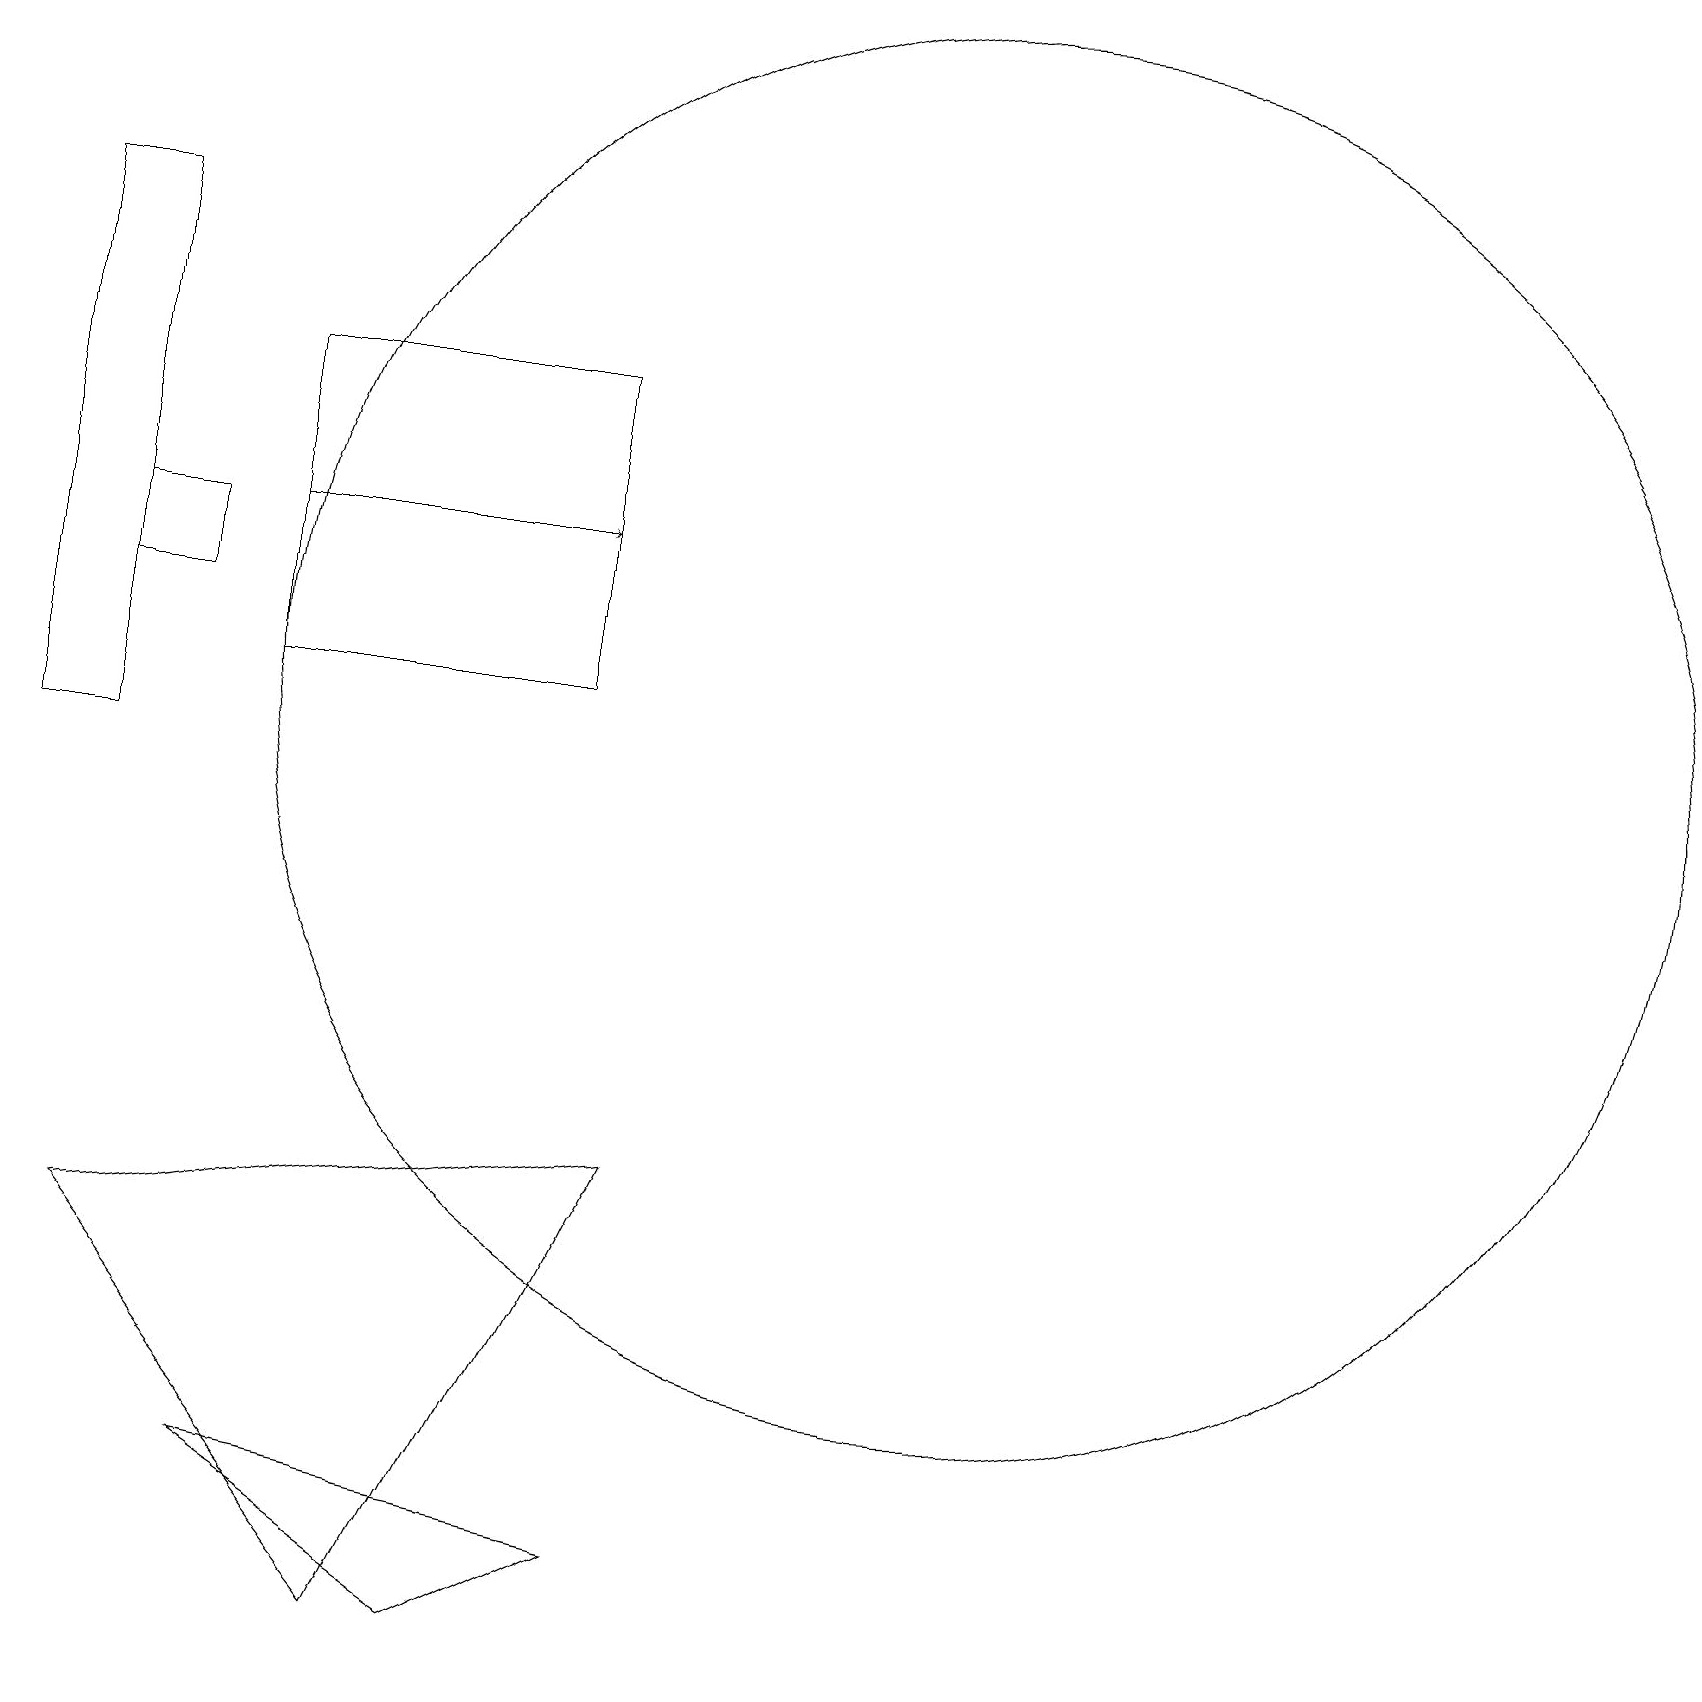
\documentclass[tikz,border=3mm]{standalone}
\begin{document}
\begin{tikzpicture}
\draw (8,6) -- (1,5) -- (5,0) -- cycle;
\draw (1,13) rectangle (2,14);
\draw (0,11) rectangle (1,18);
\draw (12,12) circle (9);
\draw (3,16) rectangle (7,12);
\draw[->] (3,14) -- (7,14);
\draw (8,1) -- (3,2) -- (6,0) -- cycle;
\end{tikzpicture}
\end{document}